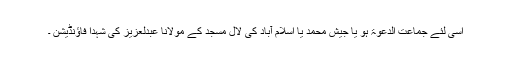
اسی لئے جماعت الدعوۃ ہو یا جیش محمد یا اسلام آباد کی لال مسجد کے مولانا عبدلعزیز کی شہدا فاؤنڈیشن ۔